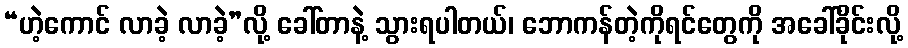
“ဟဲ့ကောင် လာခဲ့ လာခဲ့”လို့ ခေါ်တာနဲ့ သွားရပါတယ်၊ ဘောကန်တဲ့ကိုရင်တွေကို အခေါ်ခိုင်းလို့